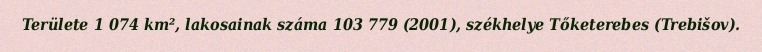
Területe 1 074 km², lakosainak száma 103 779 (2001), székhelye Tőketerebes (Trebišov).